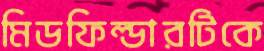
মিডফিল্ডারটিকে